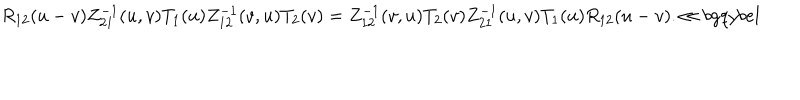
{ R } _ { 1 2 } ( u - v ) Z _ { 2 1 } ^ { - 1 } ( u , v ) T _ { 1 } ( u ) Z _ { 1 2 } ^ { - 1 } ( v , u ) T _ { 2 } ( v ) = Z _ { 1 2 } ^ { - 1 } ( v , u ) T _ { 2 } ( v ) Z _ { 2 1 } ^ { - 1 } ( u , v ) T _ { 1 } ( u ) { R } _ { 1 2 } ( u - v ) . \ll { b g q y b e l }